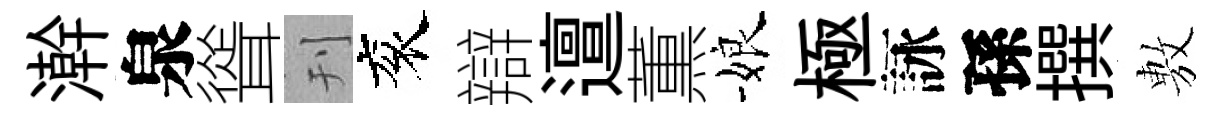
澣泉聳刊衮辯邅薫娘極詠孫撰𢾾